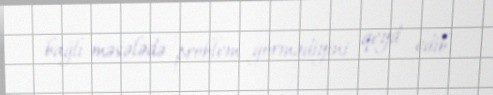
bağlı məsələdə problem görmədiyini qeyd edib.